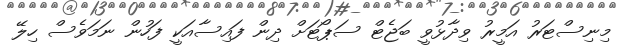
މިނިސްޓަރު އަމީރު ވިދާޅުވީ ބަޖެޓް ސަޕޯޓަށް ދިން ފައިސާއަކީ ފަހުން ނަމަވެސް ހިލޭ